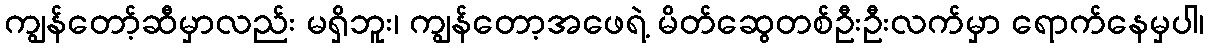
ကျွန်တော့်ဆီမှာလည်း မရှိဘူး၊ ကျွန်တော့အဖေရဲ့ မိတ်ဆွေတစ်ဦးဦးလက်မှာ ရောက်နေမှပါ၊